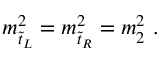
m _ { \tilde { t } _ { L } } ^ { 2 } = m _ { \tilde { t } _ { R } } ^ { 2 } = m _ { 2 } ^ { 2 } \ .